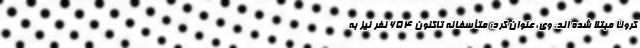
کرونا مبتلا شده اند. وی، عنوان کرد: متأسفانه تاکنون ۶۵۴ نفر نیز به